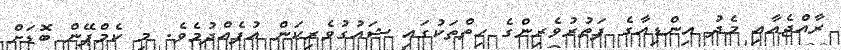
ރާއްޖެއާއި މެދު އިންޑިއާގެ ފަތުރުވެރިންގެ ހިތްތަކުގައި ޝައުގުވެރިކަން އުފެއްދުމެވެ. މި ކެމްޕޭން ބޮޑަށް